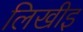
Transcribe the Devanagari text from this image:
लिखीइ